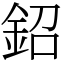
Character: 鉊